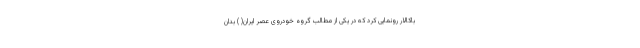
باکالار رونمایی کرد که در یکی از مطالب گروه خودروی عصر ایران( ) بدان